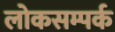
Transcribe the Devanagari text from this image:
लोकसम्पर्क